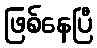
ဖြစ်နေပြီ